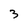
Character: 3